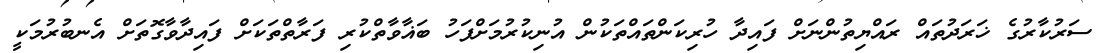
ސަރުކާރުގެ ޚަރަދުތައް ރައްޔިތުންނަށް ފައިދާ ހުރިކަންތައްތަކުން އުނިކުރުމަށްފަހު ބަޣާވާތްކުރި ފަރާތްތަކަށް ފައިދާވާގޮތަށް އެނބުރުމަކީ